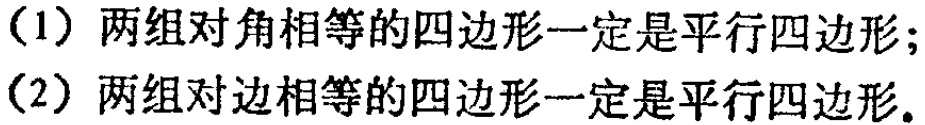
（1）两组对角相等的四边形一定是平行四边形；

（2）两组对边相等的四边形一定是平行四边形。